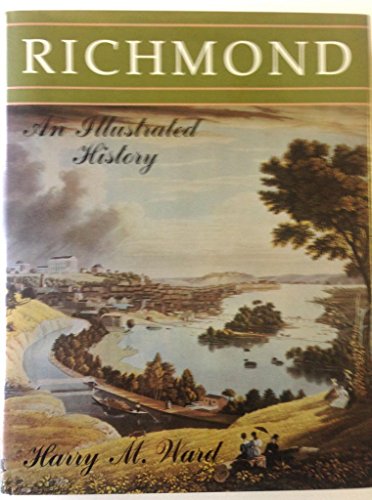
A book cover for Richmond: An Illustrated History; Harry M. Ward; Travel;